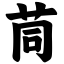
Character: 茼